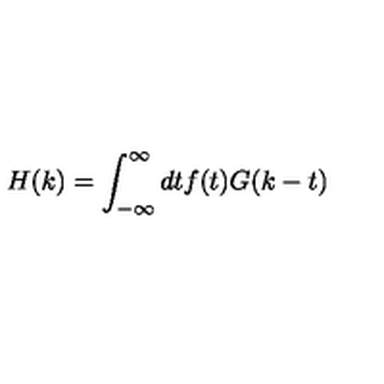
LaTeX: H ( k ) = \int _ { - \infty } ^ { \infty } d t f ( t ) G ( k - t )